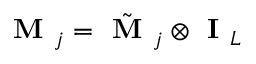
\textbf { M } _ { j } = \tilde { \textbf { M } } _ { j } \otimes \textbf { I } _ { L }